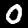
Label: 0